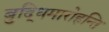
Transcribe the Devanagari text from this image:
बुद्धिमारोहन्ति